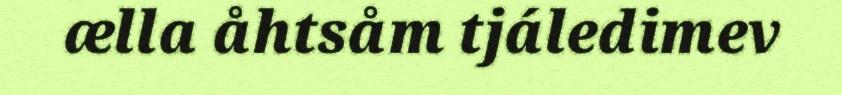
ælla åhtsåm tjáledimev